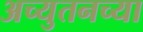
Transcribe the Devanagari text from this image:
अच्युतनच्या